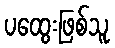
ပထွေးဖြစ်သူ